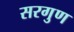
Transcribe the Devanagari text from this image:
सरगुण